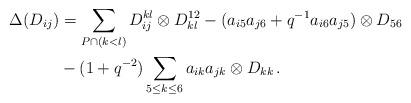
LaTeX: \begin{align*}\Delta(D_{ij})&= \sum_{P \cap (k<l)} D_{ij}^{kl} \otimes D_{kl}^{12}- (a_{i5}a_{j6}+q^{-1}a_{i6}a_{j5}) \otimes D_{56}\\&- (1+q^{-2})\sum_{5\leq k \leq 6}a_{ik}a_{jk} \otimes D_{kk}\,.\end{align*}